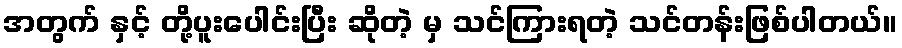
အတွက် နှင့် တို့ပူးပေါင်းပြီး ဆိုတဲ့ မှ သင်ကြားရတဲ့ သင်တန်းဖြစ်ပါတယ်။